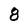
Character: 8